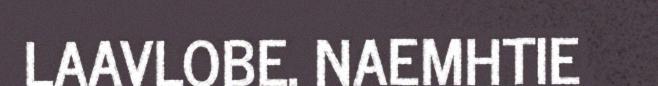
LAAVLOBE. NAEMHTIE